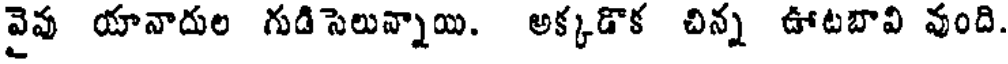
వైవు యానాదుల గుడిసెలున్నాయి. అక్కడొక చిన్న ఊటబావి వుంది.